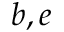
b , e